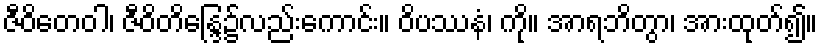
ဇီဝိတေဝါ၊ ဇီဝိတိန္ဒြေ၌လည်းကောင်း။ ဝိပဿနံ၊ ကို။ အာရဘိတွာ၊ အားထုတ်၍။